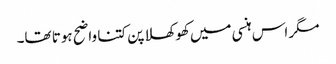
مگر اس ہنسی میں کھوکھلا پن کتنا واضح ہوتا تھا۔